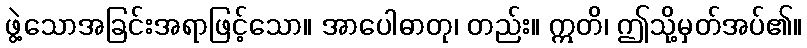
ဖွဲ့သောအခြင်းအရာဖြင့်သော။ အာပေါဓာတု၊ တည်း။ ဣတိ၊ ဤသို့မှတ်အပ်၏။